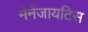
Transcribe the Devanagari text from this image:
मेनेंजायटिस